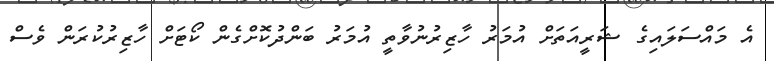
އެ މައްސަލައިގެ ޝަރީއަތަށް އުމަރު ހާޒިރުނުވާތީ އުމަރު ބަންދުކޮށްގެން ކޯޓަށް ހާޒިރުކުރަން ވެސް